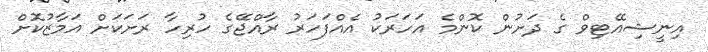
އިނީޝިއޭޓިވް ގެ ދަށުން ކޮންމެ އަހަރަކު އެއްފަހަރު ރާއްޖޭގެ ހުރިހާ ރަށަކަށް އަމާޒުކޮށް